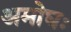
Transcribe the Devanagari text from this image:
अमोघः